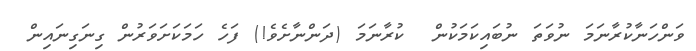
ވަންހަނާކުރާނަމަ ނުވަތަ ނުބައިކަމަކުން  ކުރާނަމަ (ދަންނާށެވެ!) ފަހެ ހަމަކަށަވަރުން ގިނަގިނައިން